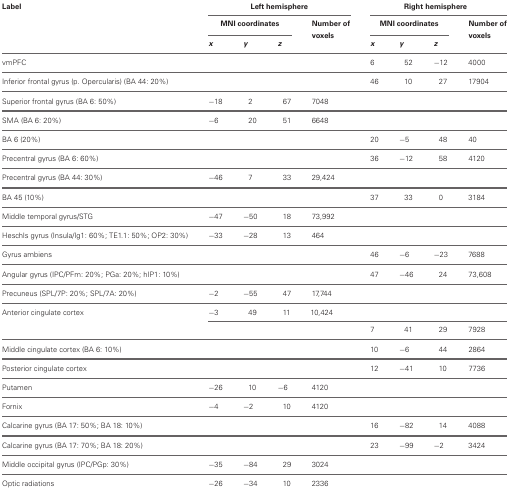
<table><thead><tr><td><b>Label</b></td><td colspan="4"><b>Left hemisphere</b></td><td colspan="4"><b>Right hemisphere</b></td></tr><tr><td></td><td colspan="3"><b>MNI coordinates</b></td><td><b>Number of voxels</b></td><td colspan="3"><b>MNI coordinates</b></td><td><b>Number of voxels</b></td></tr><tr><td></td><td><b><i>x</i></b></td><td><b><i>y</i></b></td><td><b><i>z</i></b></td><td></td><td><b><i>x</i></b></td><td><b><i>y</i></b></td><td><b><i>z</i></b></td><td></td></tr></thead><tbody><tr><td>vmPFC</td><td></td><td></td><td></td><td></td><td>6</td><td>52</td><td>−12</td><td>4000</td></tr><tr><td>Inferior frontal gyrus (p. Opercularis) (BA 44: 20%)</td><td></td><td></td><td></td><td></td><td>46</td><td>10</td><td>27</td><td>17904</td></tr><tr><td>Superior frontal gyrus (BA 6: 50%)</td><td>−18</td><td>2</td><td>67</td><td>7048</td><td></td><td></td><td></td><td></td></tr><tr><td>SMA (BA 6: 20%)</td><td>−6</td><td>20</td><td>51</td><td>6648</td><td></td><td></td><td></td><td></td></tr><tr><td>BA 6 (20%)</td><td></td><td></td><td></td><td></td><td>20</td><td>−5</td><td>48</td><td>40</td></tr><tr><td>Precentral gyrus (BA 6: 60%)</td><td></td><td></td><td></td><td></td><td>36</td><td>−12</td><td>58</td><td>4120</td></tr><tr><td>Precentral gyrus (BA 44: 30%)</td><td>−46</td><td>7</td><td>33</td><td>29,424</td><td></td><td></td><td></td><td></td></tr><tr><td>BA 45 (10%)</td><td></td><td></td><td></td><td></td><td>37</td><td>33</td><td>0</td><td>3184</td></tr><tr><td>Middle temporal gyrus/STG</td><td>−47</td><td>−50</td><td>18</td><td>73,992</td><td></td><td></td><td></td><td></td></tr><tr><td>Heschls gyrus (Insula/Ig1: 60%; TE1.1: 50%; OP2: 30%)</td><td>−33</td><td>−28</td><td>13</td><td>464</td><td></td><td></td><td></td><td></td></tr><tr><td>Gyrus ambiens</td><td></td><td></td><td></td><td></td><td>46</td><td>−6</td><td>−23</td><td>7688</td></tr><tr><td>Angular gyrus (IPC/PFm: 20%; PGa: 20%; hIP1: 10%)</td><td></td><td></td><td></td><td></td><td>47</td><td>−46</td><td>24</td><td>73,608</td></tr><tr><td>Precuneus (SPL/7P: 20%; SPL/7A: 20%)</td><td>−2</td><td>−55</td><td>47</td><td>17,744</td><td></td><td></td><td></td><td></td></tr><tr><td>Anterior cingulate cortex</td><td>−3</td><td>49</td><td>11</td><td>10,424</td><td></td><td></td><td></td><td></td></tr><tr><td></td><td></td><td></td><td></td><td></td><td>7</td><td>41</td><td>29</td><td>7928</td></tr><tr><td>Middle cingulate cortex (BA 6: 10%)</td><td></td><td></td><td></td><td></td><td>10</td><td>−6</td><td>44</td><td>2864</td></tr><tr><td>Posterior cingulate cortex</td><td></td><td></td><td></td><td></td><td>12</td><td>−41</td><td>10</td><td>7736</td></tr><tr><td>Putamen</td><td>−26</td><td>10</td><td>−6</td><td>4120</td><td></td><td></td><td></td><td></td></tr><tr><td>Fornix</td><td>−4</td><td>−2</td><td>10</td><td>4120</td><td></td><td></td><td></td><td></td></tr><tr><td>Calcarine gyrus (BA 17: 50%; BA 18: 10%)</td><td></td><td></td><td></td><td></td><td>16</td><td>−82</td><td>14</td><td>4088</td></tr><tr><td>Calcarine gyrus (BA 17: 70%; BA 18: 20%)</td><td></td><td></td><td></td><td></td><td>23</td><td>−99</td><td>−2</td><td>3424</td></tr><tr><td>Middle occipital gyrus (IPC/PGp: 30%)</td><td>−35</td><td>−84</td><td>29</td><td>3024</td><td></td><td></td><td></td><td></td></tr><tr><td>Optic radiations</td><td>−26</td><td>−34</td><td>10</td><td>2336</td><td></td><td></td><td></td><td></td></tr></tbody></table>